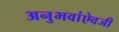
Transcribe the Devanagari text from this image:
अनुभवांऐवजी